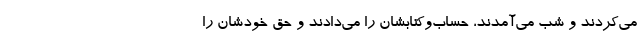
می‌کردند و شب می‌آمدند، حساب‌وکتابشان را می‌دادند و حق خودشان را